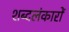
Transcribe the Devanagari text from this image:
शब्दलंकारों